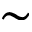
\sim